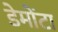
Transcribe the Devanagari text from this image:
डेमोंटा